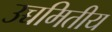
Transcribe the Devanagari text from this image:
उच्चमितीय